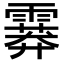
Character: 𩅁